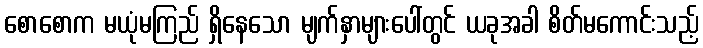
စောစောက မယုံမကြည် ရှိနေသော မျက်နှာများပေါ်တွင် ယခုအခါ စိတ်မကောင်းသည့်